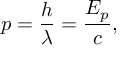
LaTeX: p = { \frac { h } { \lambda } } = { \frac { E _ { p } } { c } } ,